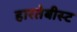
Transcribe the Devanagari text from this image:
हारतेबीस्ट